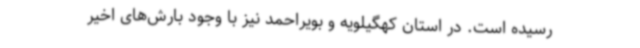
رسیده است. در استان کهگیلویه و بویراحمد نیز با وجود بارش‌های اخیر